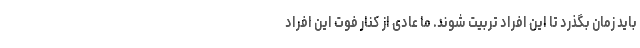
باید زمان بگذرد تا این افراد تربیت شوند. ما عادی از کنار فوت این افراد